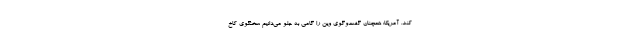
کند. آمریکا: همچنان گفت‌وگوی وین را گامی به جلو می‌دانیم سخنگوی کاخ